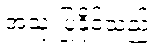
အသုံးပြုနိုင်သည်